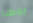
يربطنا